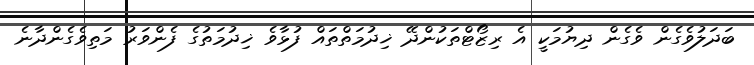
ބަދަލުވެގެން ވެގެން ދިޔުމަކީ އެ ރިޒޯޓްތަކުންދޭ ޚިދުމަތްތައް ފުޅާވެ ޚިދުމަތުގެ ފެންވަރު މަތިވެގެންދާނެ